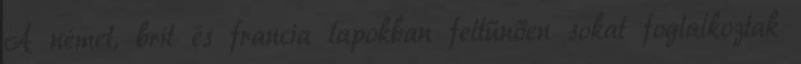
A német, brit és francia lapokban feltűnően sokat foglalkoztak